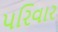
પરિવાર